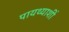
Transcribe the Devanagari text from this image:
पायथ्याशीं